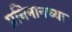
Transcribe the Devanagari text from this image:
प्रथिनानच्या